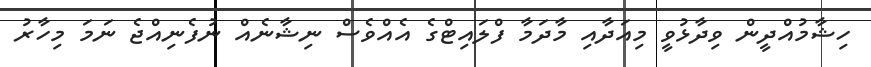
ހިޝާމުއްދީން ވިދާޅުވީ މިއަދާއި މާދަމާ ފްލައިޓްގެ އެއްވެސް ނިޝާނެއް ނުފެނިއްޖެ ނަމަ މިހާރު